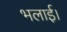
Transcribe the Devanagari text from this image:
भलाई।